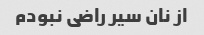
از نان سیر راضی نبودم